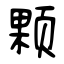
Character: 颗